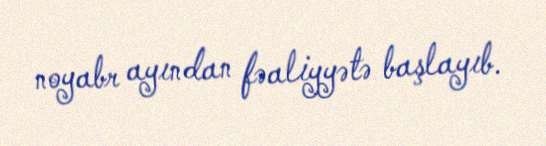
noyabr ayından fəaliyyətə başlayıb.